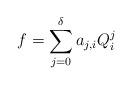
LaTeX: \begin{align*}f=\sum\limits_{j=0}^\delta a_{j,i}Q_i^j\end{align*}